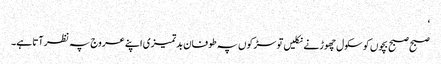
‘
صبح صبح بچوں کو سکول چھوڑنے نکلیں تو سڑکوں پہ طوفان بدتمیزی اپنے عروج پہ نظر آتا ہے۔